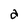
Character: a